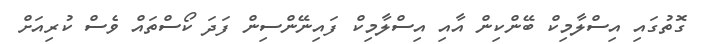
ގޮތުގައި އިސްލާމިކް ބޭންކިން އާއި އިސްލާމިކް ފައިނޭންސިން ފަދަ ކޯސްތައް ވެސް ކުރިއަށް